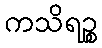
ကသိရဉ္စ